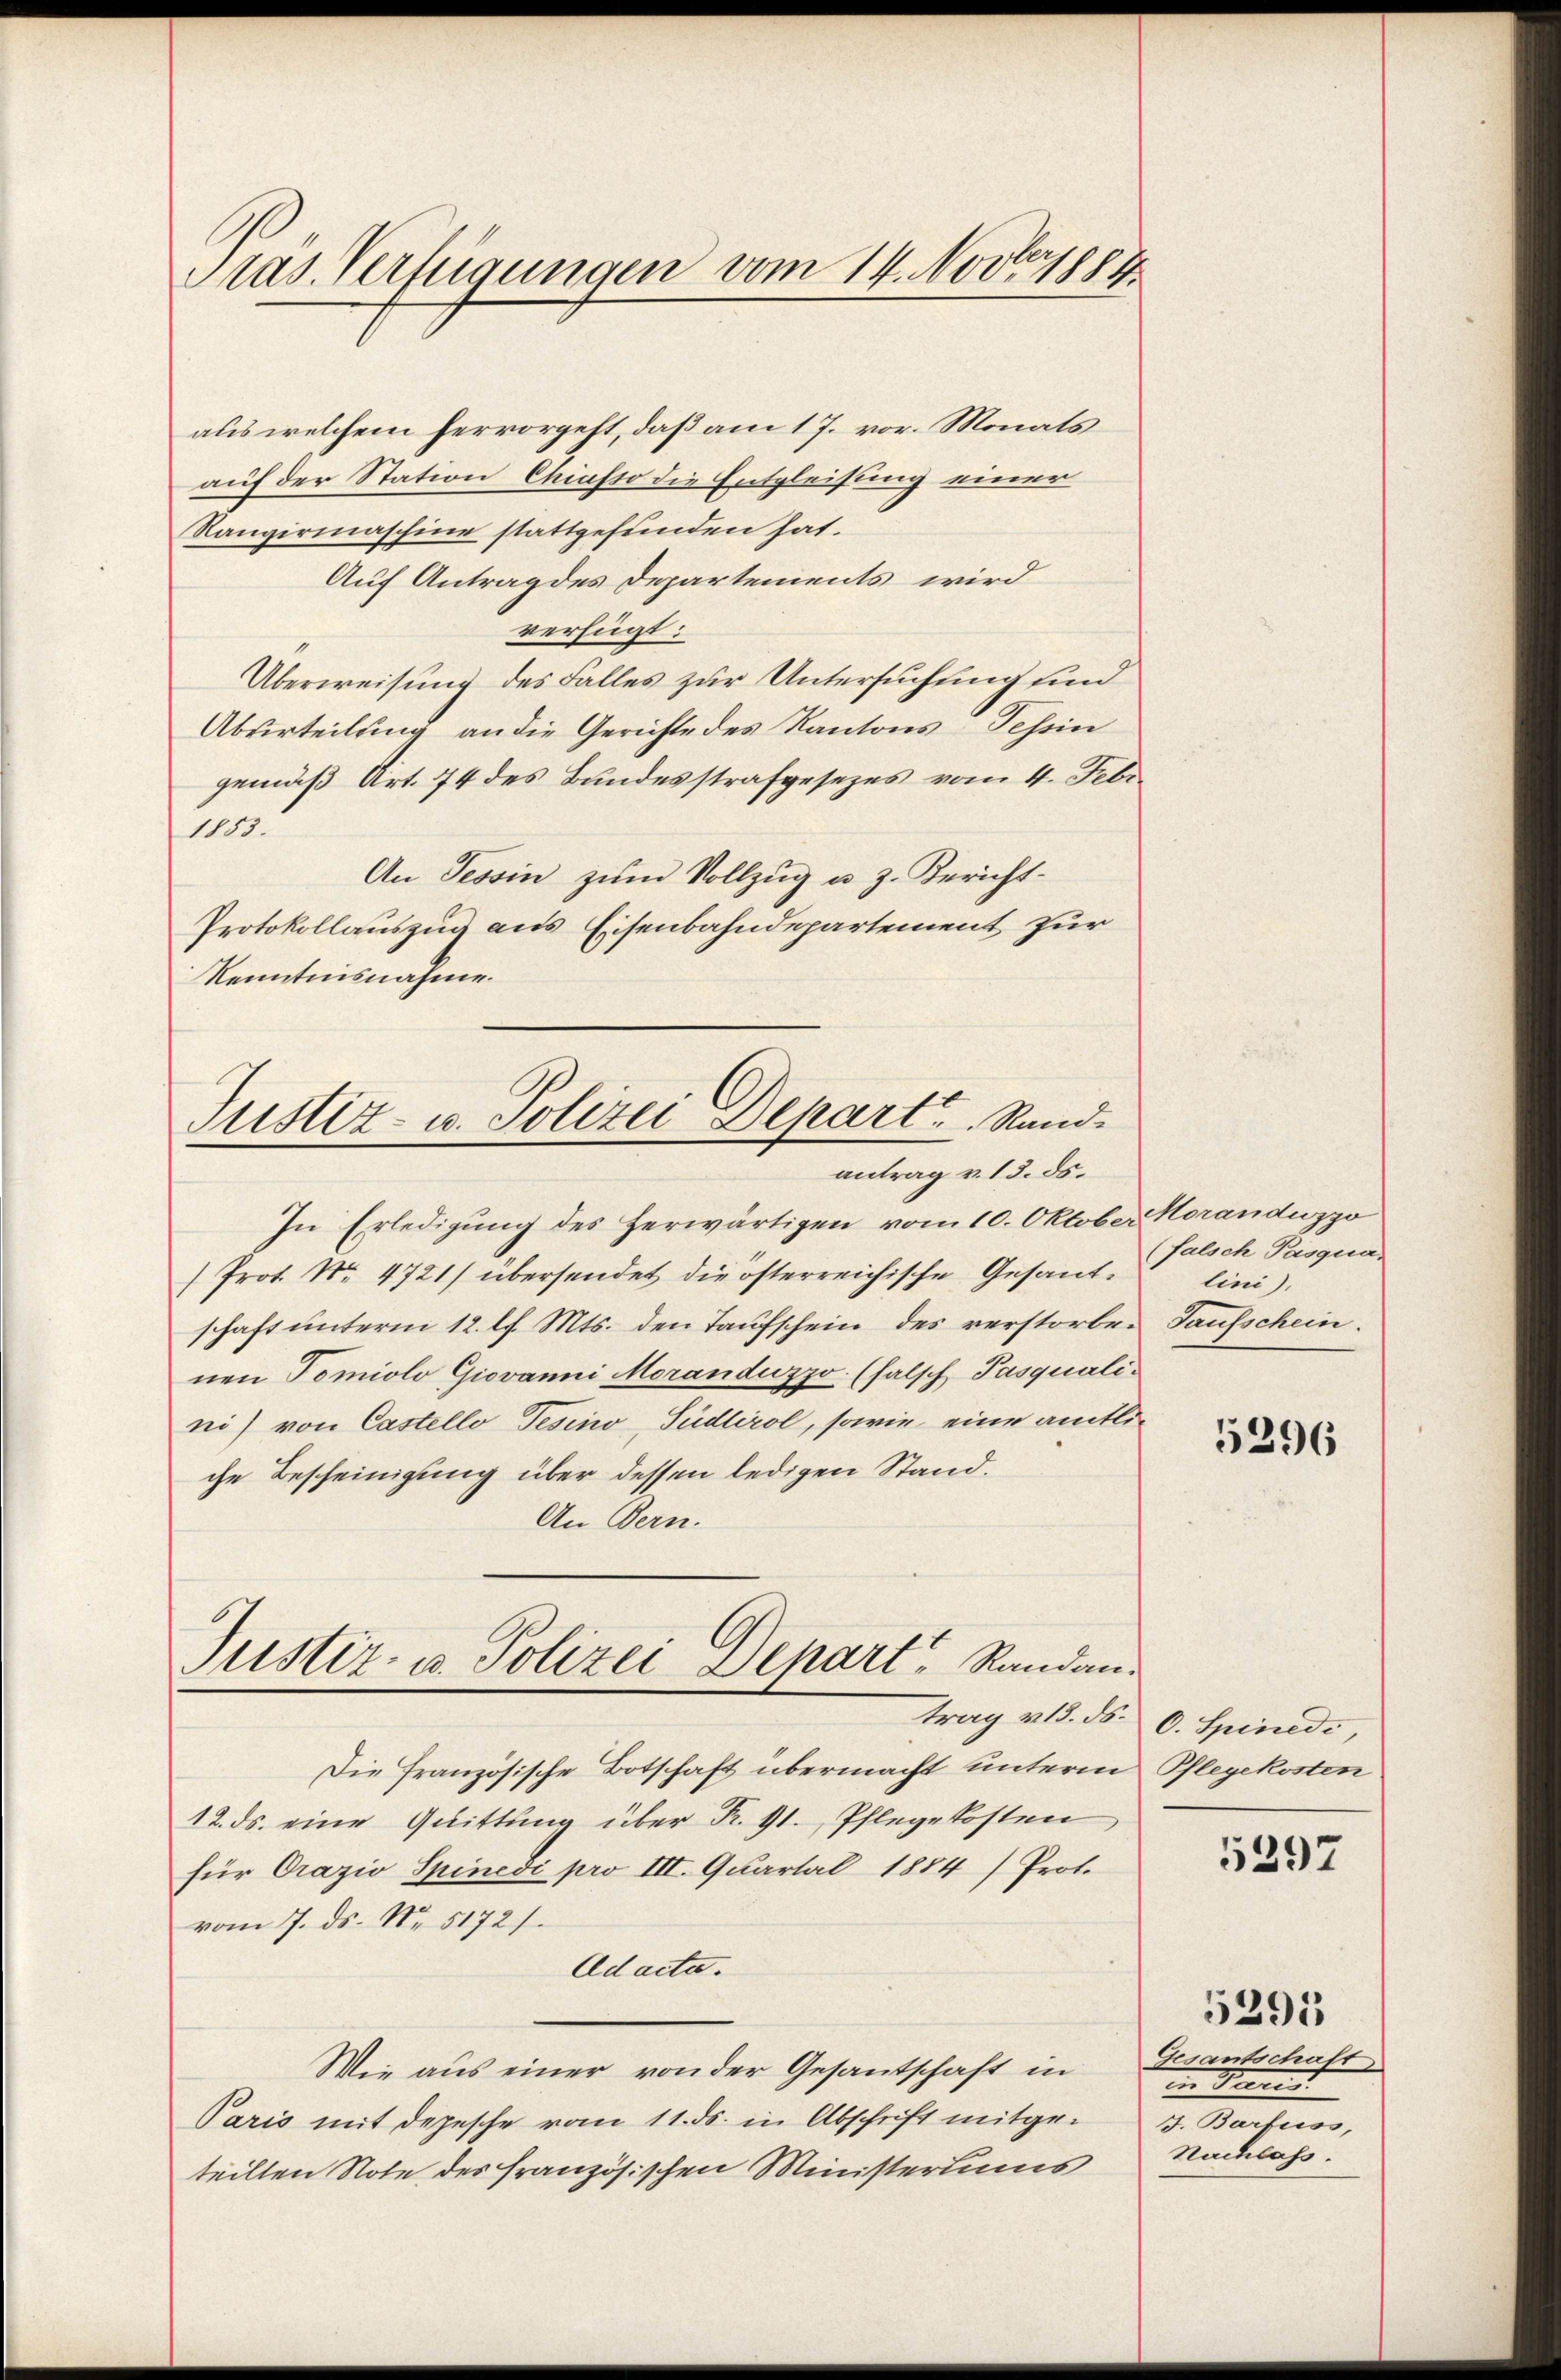
Pras. Verfügungen vom 14. Novber 1884

aus welchem hervorgeht, daß am 17. vor. Monats
auf der Station Chiasso die Entgleisung einer
Rangirmaschine stattgefunden hat.
Auf Antrag des Departements wird
verfügt:
Überweisung des Falles zur Untersuchung sind
Abverteilung an die Gerichte des Kantons Tessin
gemäß Art. 74 des Bundesstrafgesezes vom 4. Febr.
1853.
An Tessin zŭm Vollzug u. z. Bericht-
Protokollauszug aus Eisenbahndepartement zur
Kenntnisnahme

Justiz- u. Polizei Depart Randantrag v. 13. ds.

Justiz- u. Polizei Depart, Randan¬

In Erledigung des herwärtigen vom 10. Oktober Moranduzzo
/Prot. Nr. 4721) übersendet die österreichische Gesandschaft unterm 12. l. Mts. den Taufschein des verstorben Taufschein.
nen Tomiolo Giovanni Moranduzzo. (falsch Pasquali-
ni) von Castello Tesino, Südtirol, sowie eine amtliche Bescheinigung über dessen ledigen Stand.
An Bern.
trag v. 13. ds. 0. Spinede
Die Französische Botschaft übermacht unterm Pflegekosten
12. ds. eine Quittung über Fr. 91. Pflegekosten
für Orazio Spinedi pro III. Quartal 1884/ Prot.
vom 7. ds. No. 5172/
Adacta.
Wie aus einer von der Gesantschaft in
Paris mit depesche vom 11. ds. in Abschrift mitgeteilten Note des französischen Ministeriums

falsch Pasqua
lini).

5296

5297

Gesantschaft
in den
J. Barfuss,
Nachlass.

5391